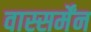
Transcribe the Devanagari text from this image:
वास्सर्मेंन